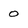
Character: 0